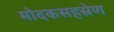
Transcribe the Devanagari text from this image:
मोदकसहस्रेण